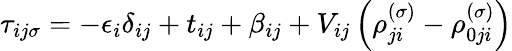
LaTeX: \tau_{ij\sigma}=-\epsilon_{i}\delta_{ij}+t_{ij}+\beta_{ij}+V_{ij}\left(\rho_{ji}^{\left(\sigma\right)}-\rho_{0ji}^{\left(\sigma\right)}\right)